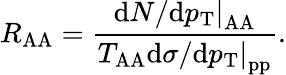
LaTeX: R_{\mathrm{AA}}=\frac{\left.\mathrm{d}N/\mathrm{d}p_{\mathrm{T}}\right|_{\mathrm{AA}}}{T_{\mathrm{AA}}\left.\mathrm{d}\sigma/\mathrm{d}p_{\mathrm{T}}\right|_{\mathrm{pp}}}.